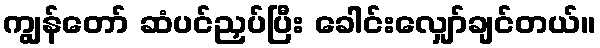
ကျွန်တော် ဆံပင်ညှပ်ပြီး ခေါင်းလျှော်ချင်တယ်။